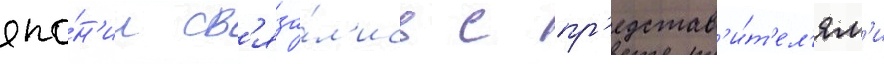
япо́н'ии св'яза́л'ись с пр'едстав'и́т'ел'ям'и